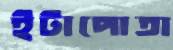
ইটাপোতা